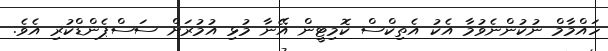
ހައްމާމް ނުކުންނެވުމާ އެކު އެތިކްސް ކޮމިޓީން އޭނާ މުޅި އުމުރަށް ސަސްޕެންޑްކުރި އެވެ.